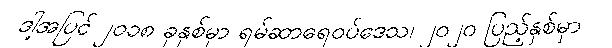
ဒါ့အပြင် ၂၀၁၈ ခုနှစ်မှာ ရမ်ဆာရေဝပ်ဒေသ၊ ၂၀၂၀ ပြည့်နှစ်မှာ